Vital statistics of India. Vol. VI, European troops 1870-79
Year: 1870
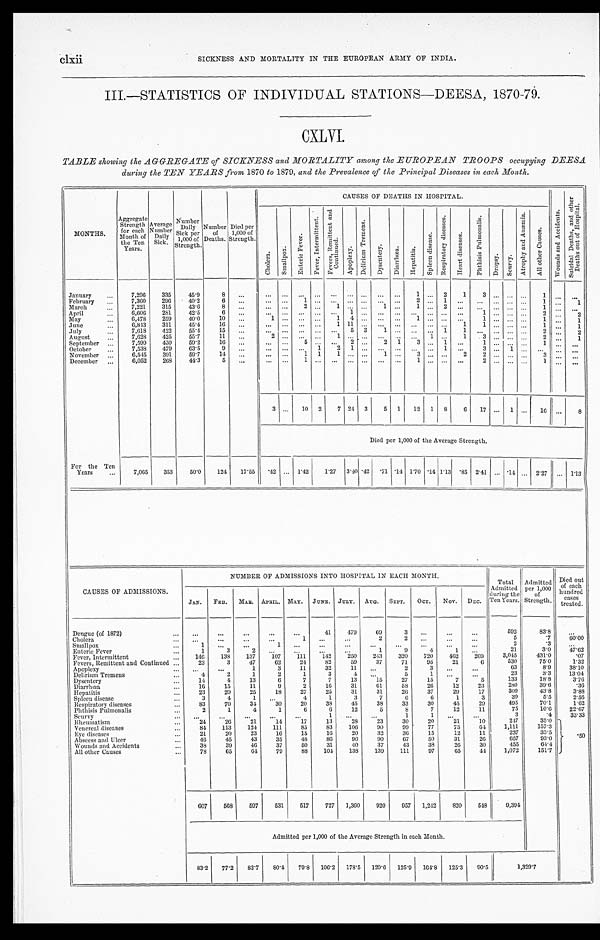
SICKNESS AND MORTALITY IN THE EUROPEAN ARMY OF INDIA.
III.—STATISTICS OF INDIVIDUAL STATIONS—DEESA, 1870-79.
CXLVI.
TABLE showing the AGGREGATE of SICKNESS and MORTALITY among the EUROPEAN TROOPS occupying DEESA
during the TEN YEARS from 1870 to 1879, and the Prevalence of the Principal Diseases in each Month.
MONTHS.
Aggregate
Strength for each
Month of
the Ten
Years.
Average Number Daily
Sick.
Number Daily
Sick p e r
1,000 of
Strength.
Number
of
Deaths.
Died per
1,000 of
Strength.
CAUSES OF DEATHS IN HOSPITAL.
W o u n d s a n d A c c i d e n t s .
S u i d a l D e a t h s , a n d o t h e r d e a t h s o u t o f H o s p i t a l .
C h o l e r a .
S m a l l p o x .
E n t e r i c F e v e r .
F e v e r I n t e r m i t t e n t .
F e v e r s , R e m i t t e n t a n d
C o n t i n u e d .
A p o p l o e x y . D e l i r i u m T r e m e n s .
D y s e n t e r y . D i a r r h œ a . H e p a t i t i s .
S p l e e n d i s e a s e s .
R e s p i r a t o r y d i s e a s e s .
H e a r t d i s e a s e s .
P h t h i s i s P u l m a n a l i s .
D r o p s y . S c u r v y .
A t r o p h y a n d A n æ m i a .
A l l o t h e r C a u s e s .
January
7,206 335
45.9
8
1
2 1 3
1
February
7,360 296 40.2
6
1
2
1
1
1
March
7,221 315
43.6
8
2
1
1
1 2
1
1
April
6,606 281
42.5
6
1
1
2
2
May
6,478 259
4 0 . 0 10
1
1 4
1
1
1
1
June
6,843 311
45.4
16
1 1 1
1
1
1
1
July
7,618 422 55.4
15
5 3 1
1 1
2
2
August
7,628 425
55.7
11
2
1
1
1
3
2
1
September
7,599 450 59.2
16
5
2
2 1 3
1
1
1
October
7,538 479 63.5
9
1 2 1
1
3
1
November
6,545 391
59.7
14
1
1 1
1
3
2
2
3
December
6,052 268 44.3
5
1
1
2
1
3
10 2 7 24 3 5 1 12 1 8 6 17
1
16
8
Died per 1,000 of the Average Strength.
For the Ten
Years
7,065 353
50.0 124 17.55
. 42
1.42 1. 27 3.40 .42 . 7 1 .14 1.70 .14 1.13 . 8 5 2.41 .14
2.27
1 . 1 3
CAUSES OF ADMISSIONS.
NUMBER OF ADMISSIONS INTO HOSPITAL IN EACH MONTH.
Total
Admitted
during the
Ten Years.
Admitted per 1,000
of
Strength.
Died out
of each
hundred cases t reat ed.
JAN. FEB. MAR. APRIL. MAY. JUNE. JULY. Aug. SEPT. OCT. NOV. DEC.
Dengue (of 1872)
41 479
69
3
592
83.8
Cholera
1
2
2
5
. 7
6 0 . 0 0
Small pox
1
1
2
. 3
Enteric Fever
1
3
2
1
9
4
1
2 1
3 . 0
4 7 . 6 2
Fever, Intermittent
146 138 137 107 111 142 250 243 320 720 462 269
3,045
431.0
.07
Fevers, Remittent and Continued
23
3
47
62 24
82 59
37
71
95
21
6
530
75.0
1.32
Apoplexy
1
3
11
32
11
2
3
63
8.9
38. 10
Delirium Tremens
4
2
1
2
1
3
4
5
1
23
3.3
13.04
Dysentery
14
4
13
6
7
7
13
15
27
15
7
5
133
18.8
3. 76
Diarrhœa
16
15
11
9
2
10
31
61
58
26 12
23
280
39.6
.36
Hepatitis
23
20
25
18
27
25
31
31
26
37
29
17
309
43.8
3. 88
Spleen disease
3
4
1
4
1
3
7
6
6
1
3
39
5 . 5
2. 56
Respiratory diseases
83
70
34
30
20
38
45
38
33
30
45
29
4 9 5
7 0 . 1
1. 62
Phthisis Pulmonalis
2
1
4
1
6
6
12
5
8
7
12
11
7 5
1 0 . 6 22.67
Scurvy
1
1
1
3
.4
33.33
Rheumatism
24 26
21
14 17
13
28
23
30
20
21
10
24
35.0
. 5 0
Venereal diseases
84 113 124 111
85
83 106
90
99
77
75
64 1,111
157.3
Eye diseases
21
20
23
16
15
16
20
32
36
15
12 11
237
33.5
A b s c e s s a n d U l c e r
4 6 45
43
35
48
86
90
9 0 67
50
31
26
6 5 7
93.0
Wounds and Accidents
3 8 39
46
37
50
31
40
37
43
38
26
30
455
64.4
All other Causes
7 8
65
64 79
88 104 138 139 111
97
65
44 1,072 151.7
607 568 597 531 517 727 1,360 920 957 1,242 820 548
9,394
Admitted per 1,000 of the Average Strength in each Month.
83.2 77.2 82.7 80.4 79.8 106.2 178.5 120.6 125.9 164.8 125.3 90.5
1 , 3 2 9 . 7